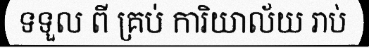
ទទួល ពី គ្រប់ ការិយាល័យ រាប់